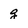
Character: g